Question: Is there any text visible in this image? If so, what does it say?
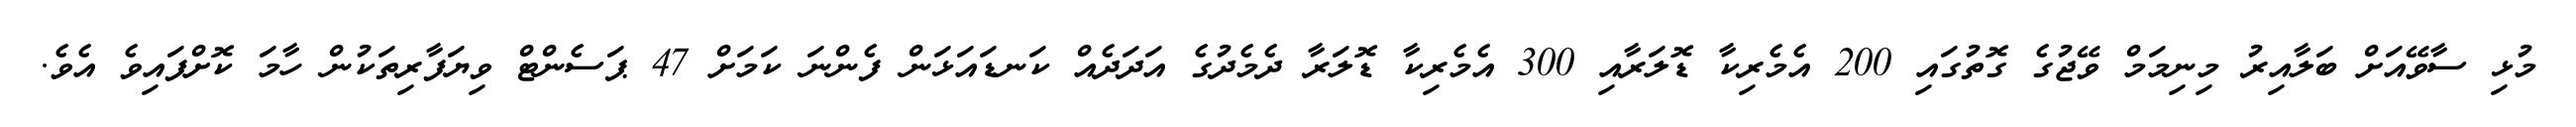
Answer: މުޅި ސާވޭއަށް ބަލާއިރު މިނިމަމް ވޭޖުގެ ގޮތުގައި 200 އެމެރިކާ ޑޮލަރާއި 300 އެމެރިކާ ޑޮލަރާ ދެމެދުގެ އަދަދެއް ކަނޑައަޅަން ފެންނަ ކަމަށް 47 ޕަސެންޓް ވިޔަފާރިތަކުން ހާމަ ކޮށްފައިވެ އެވެ.